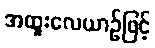
အထူးလေယာဉ်ဖြင့်